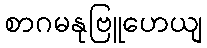
စာဂမနုဗြူဟေယျ